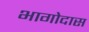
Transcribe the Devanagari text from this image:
भागोदास